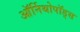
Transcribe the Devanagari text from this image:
ऑर्निथोपॉड्स